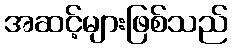
အဆင့်များဖြစ်သည်